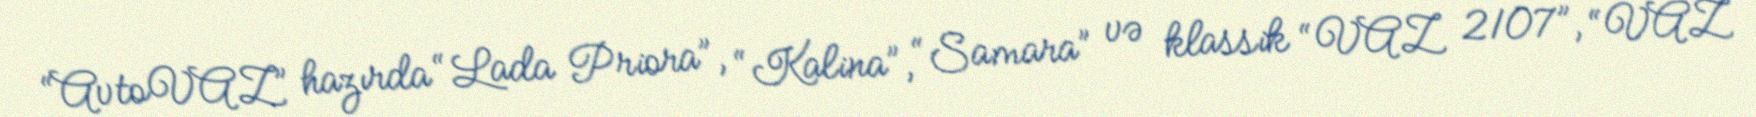
“AvtoVAZ” hazırda “Lada Priora”, “Kalina”, “Samara” və klassik “VAZ 2107”, “VAZ